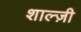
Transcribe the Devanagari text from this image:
शाल्ज़ी